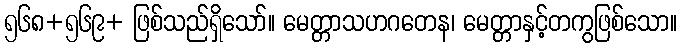
၅၆၈+၅၆၉+ ဖြစ်သည်ရှိသော်။ မေတ္တာသဟဂတေန၊ မေတ္တာနှင့်တကွဖြစ်သော။